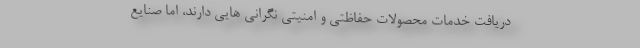
دریافت خدمات محصولات حفاظتی و امنیتی نگرانی هایی دارند، اما صنایع